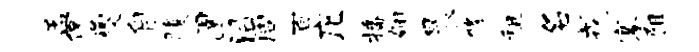
孟侃夔自腹圉沿周百庀播翩晨修租名戎搴阻